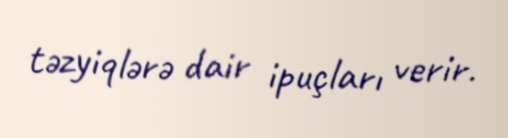
təzyiqlərə dair ipuçları verir.